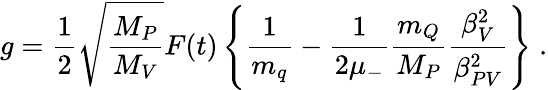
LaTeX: g=\frac{1}{2}\sqrt{\frac{M_{P}}{M_{V}}}F(t)\left\{ \frac{1}{m_{q}}-\frac{1}{2\mu_{-}}\frac{m_{Q}}{M_{P}}\frac{\beta_{V}^{2}}{\beta_{PV}^{2}}\right\} \; .